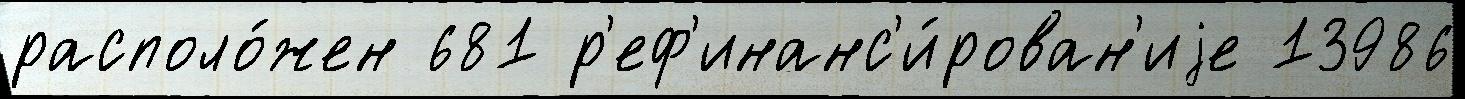
располо́жен 681 р'еф'инанс'и́рован'иjе 13986